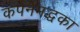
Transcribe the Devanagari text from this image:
कपेनेमद्धका